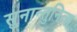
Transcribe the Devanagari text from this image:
सुनान्तुनित्स